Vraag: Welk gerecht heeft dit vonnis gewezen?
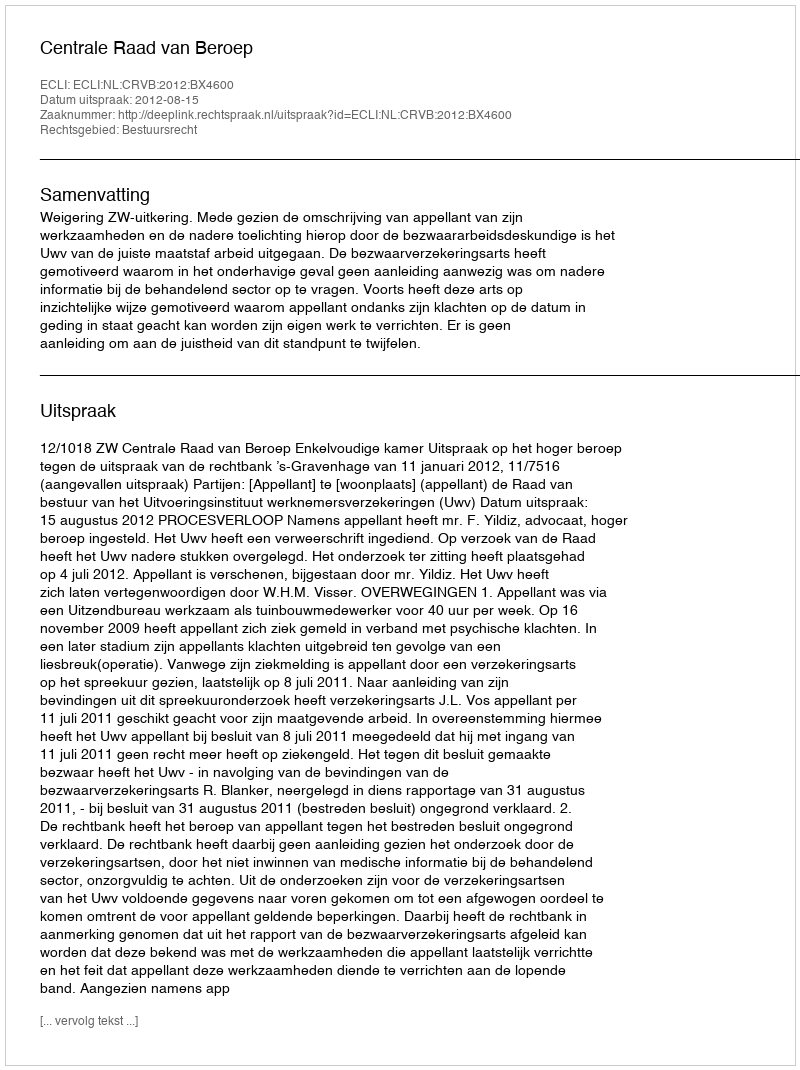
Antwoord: Centrale Raad van Beroep